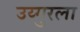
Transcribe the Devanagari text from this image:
उय्गुरला